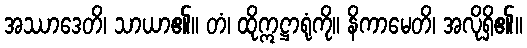
အဿာဒေတိ၊ သာယာ၏။ တံ၊ ထိုဣဋ္ဌာရုံကို။ နိကာမေတိ၊ အလိုရှိ၏။